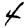
Digit: 4